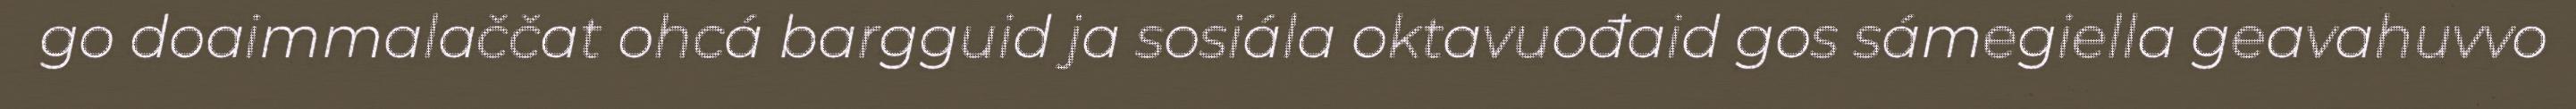
go doaimmalaččat ohcá bargguid ja sosiála oktavuođaid gos sámegiella geavahuvvo